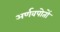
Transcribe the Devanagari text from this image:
अर्णवपोतों